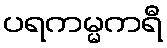
ပရကမ္မကရီ